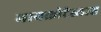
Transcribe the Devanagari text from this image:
मायक्रोटेस्लास